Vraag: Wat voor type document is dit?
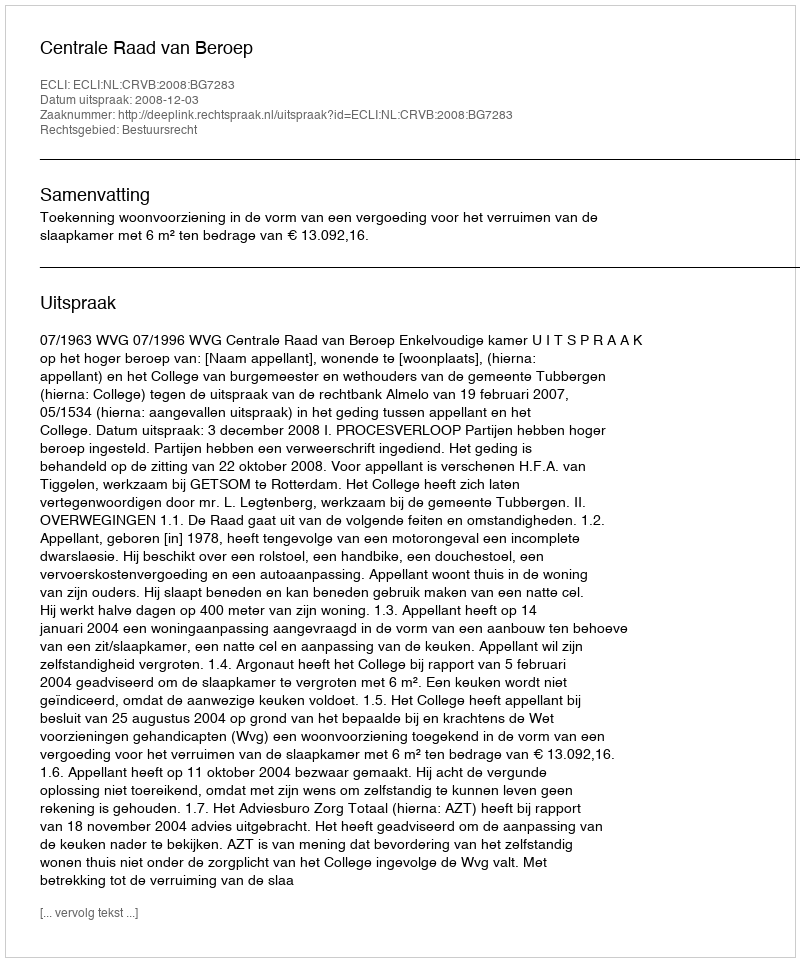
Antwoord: Uitspraak